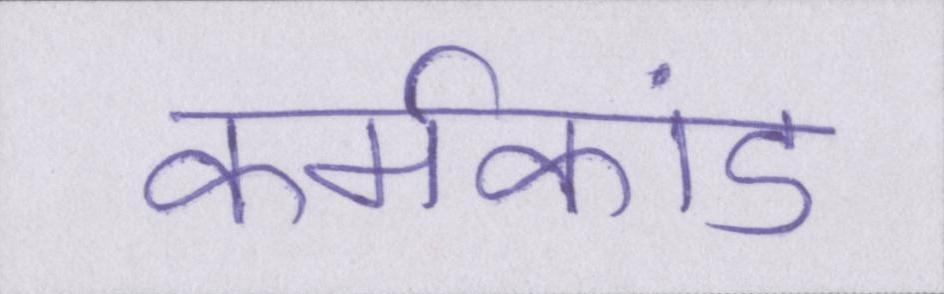
कर्मकांड